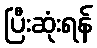
ပြီးဆုံးရန်